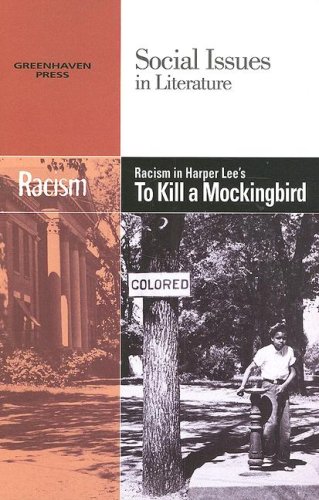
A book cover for Racism in Harper Lee's 'To Kill a Mockingbird' (Social Issues in Literature); Candice Mancini; Teen & Young Adult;